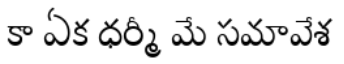
కా ఏక ధర్మీ మే సమావేశ